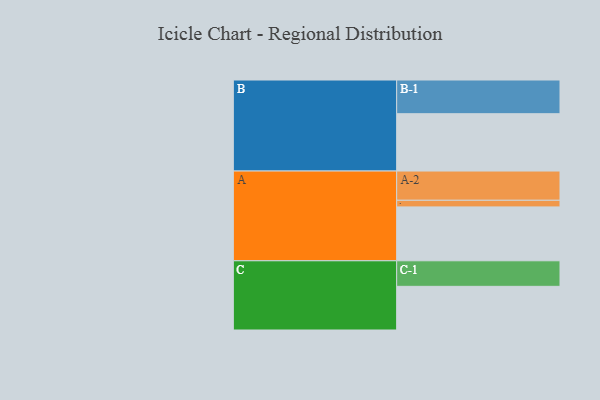
{"axis": {"x": "Segment", "y": "Value"}, "legend": ["", "A", "B", "C"], "data": [{"x": "A", "y": 422, "type": ""}, {"x": "B", "y": 449, "type": ""}, {"x": "C", "y": 342, "type": ""}, {"x": "A-1", "y": 52, "type": "A"}, {"x": "A-2", "y": 229, "type": "A"}, {"x": "B-1", "y": 264, "type": "B"}, {"x": "C-1", "y": 200, "type": "C"}]}